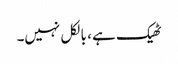
ٹھیک ہے ، بالکل نہیں۔